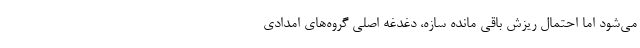
می‌شود اما احتمال ریزش باقی مانده سازه، دغدغه اصلی گروه‌های امدادی